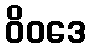
ဝိဝဒေ